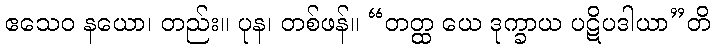
ဧသေဝ နယော၊ တည်း။ ပုန၊ တစ်ဖန်။ “တတ္ထ ယေ ဒုက္ခာယ ပဋိပဒါယာ”တိ